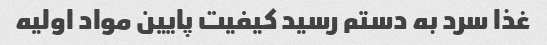
غذا سرد به دستم رسید کیفیت پایین مواد اولیه